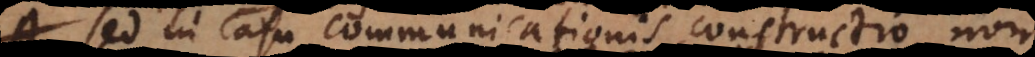
Sed in casu communicationis constructio non